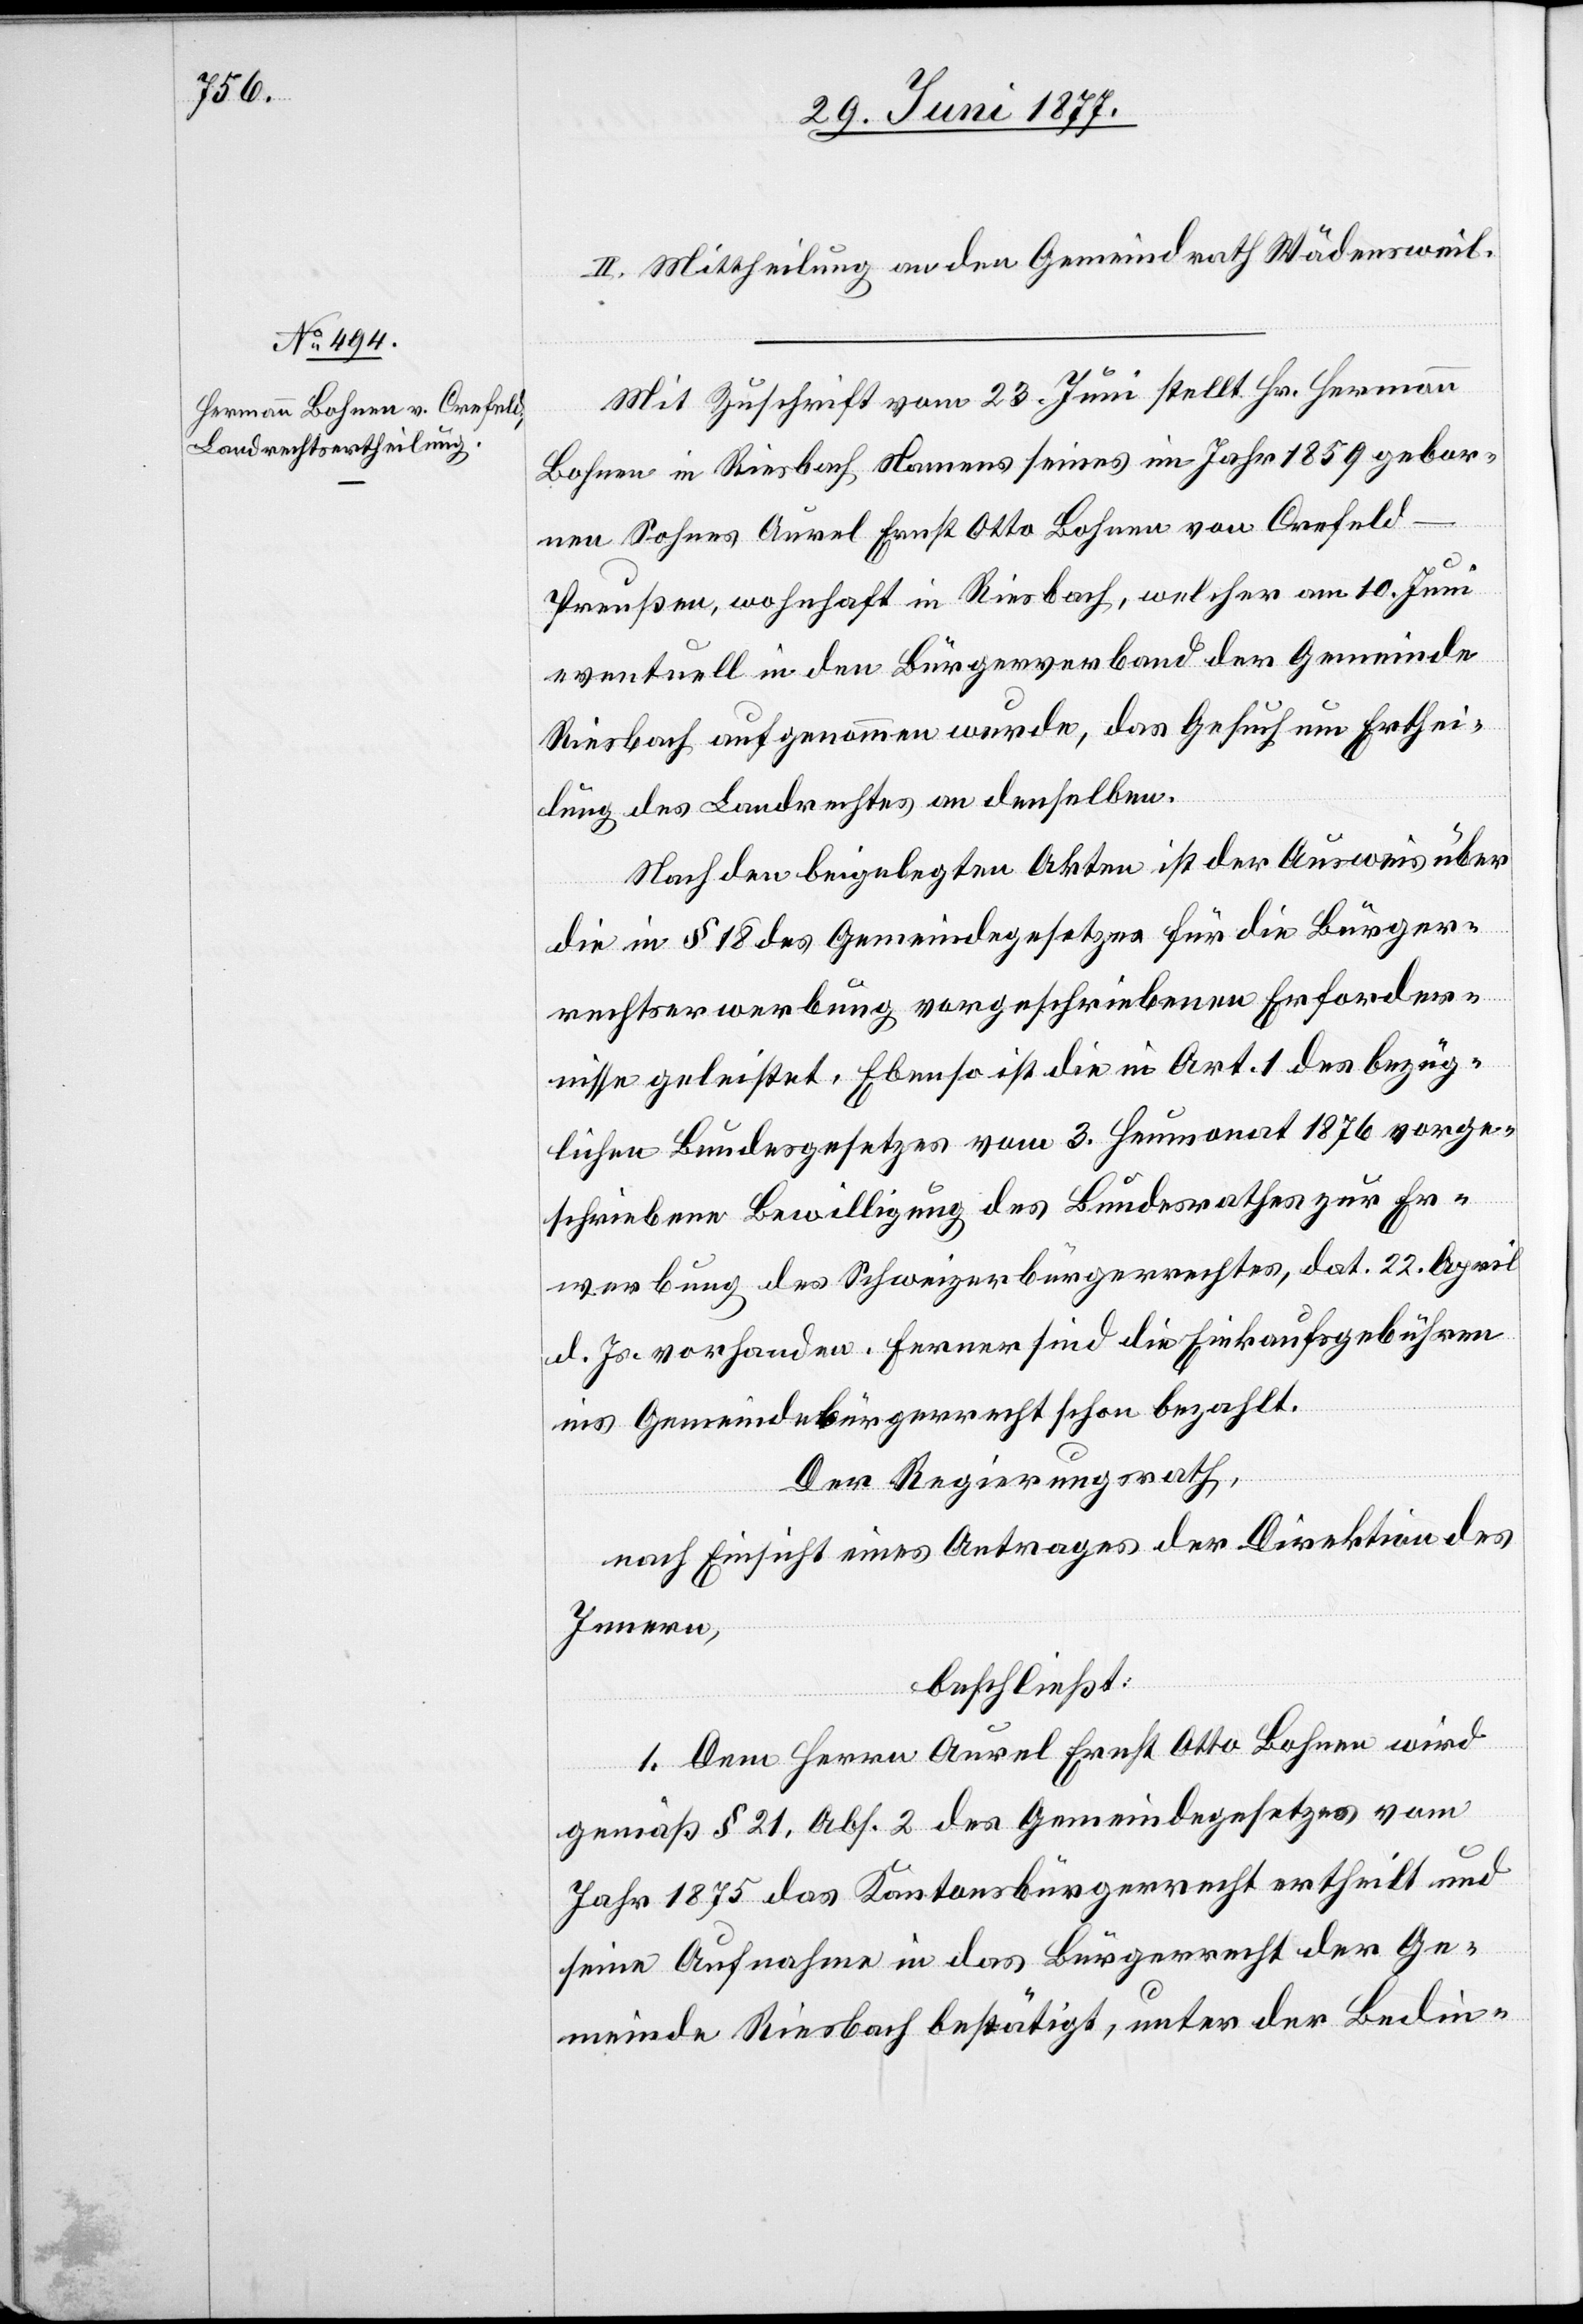
II. Mittheilung an den Gemeindrath Wädensweil.
Mit Zuschrift vom 23. Juni stellt Hr. Hermann
Bohnen in Riesbach Namens seines im Jahr 1859 gebor¬
nen Sohnes Aurel Ernst Otto Bohnen von Crefeld
Preußen, wohnhaft in Riesbach, welcher am 10. Juni
eventuell in den Bürgerverband der Gemeinde
Riesbach aufgenommen wurde, das Gesuch um Erthei¬
lung des Landrechtes an denselben.
Nach den beigelegten Akten ist der Ausweis über
die in § 18 des Gemeindegesetzes für die Bürger¬
rechtserwerbung vorgeschriebenen Erforder¬
nisse geleistet. Ebenso ist die in Art. 1 des bezüg¬
lichen Bundesgesetzes vom 3. Heumonat 1876 vorge¬
schriebene Bewilligung des Bundesrathes zur Er¬
werbung des Schweizerbürgerrechtes, dat. 22. April
d. Js. vorhanden. Ferner sind die Einkaufsgebühren
ins Gemeindebürgerrecht schon bezahlt.
Der Regierungsrath,
nach Einsicht eines Antrages der Direktion des
Innern,
beschließt:
1. Dem Herrn Aurel Ernst Otto Bohnen wird
gemäß § 21, Abs. 2 des Gemeindegesetzes vom
Jahr 1875 das Kantonsbürgerrecht ertheilt und
seine Aufnahme in das Bürgerrecht der Ge¬
meinde Riesbach bestätigt, unter der Bedin-